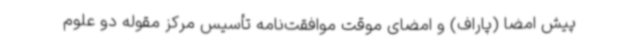
پیش امضا (پاراف) و امضای موقت موافقت‌نامه تأسیس مرکز مقوله دو علوم